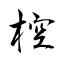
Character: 椌